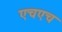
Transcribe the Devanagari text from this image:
एचएच